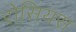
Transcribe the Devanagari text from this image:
रोसियस